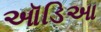
ઑડિઆ